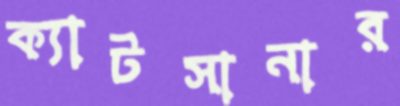
ক্যাটসানার